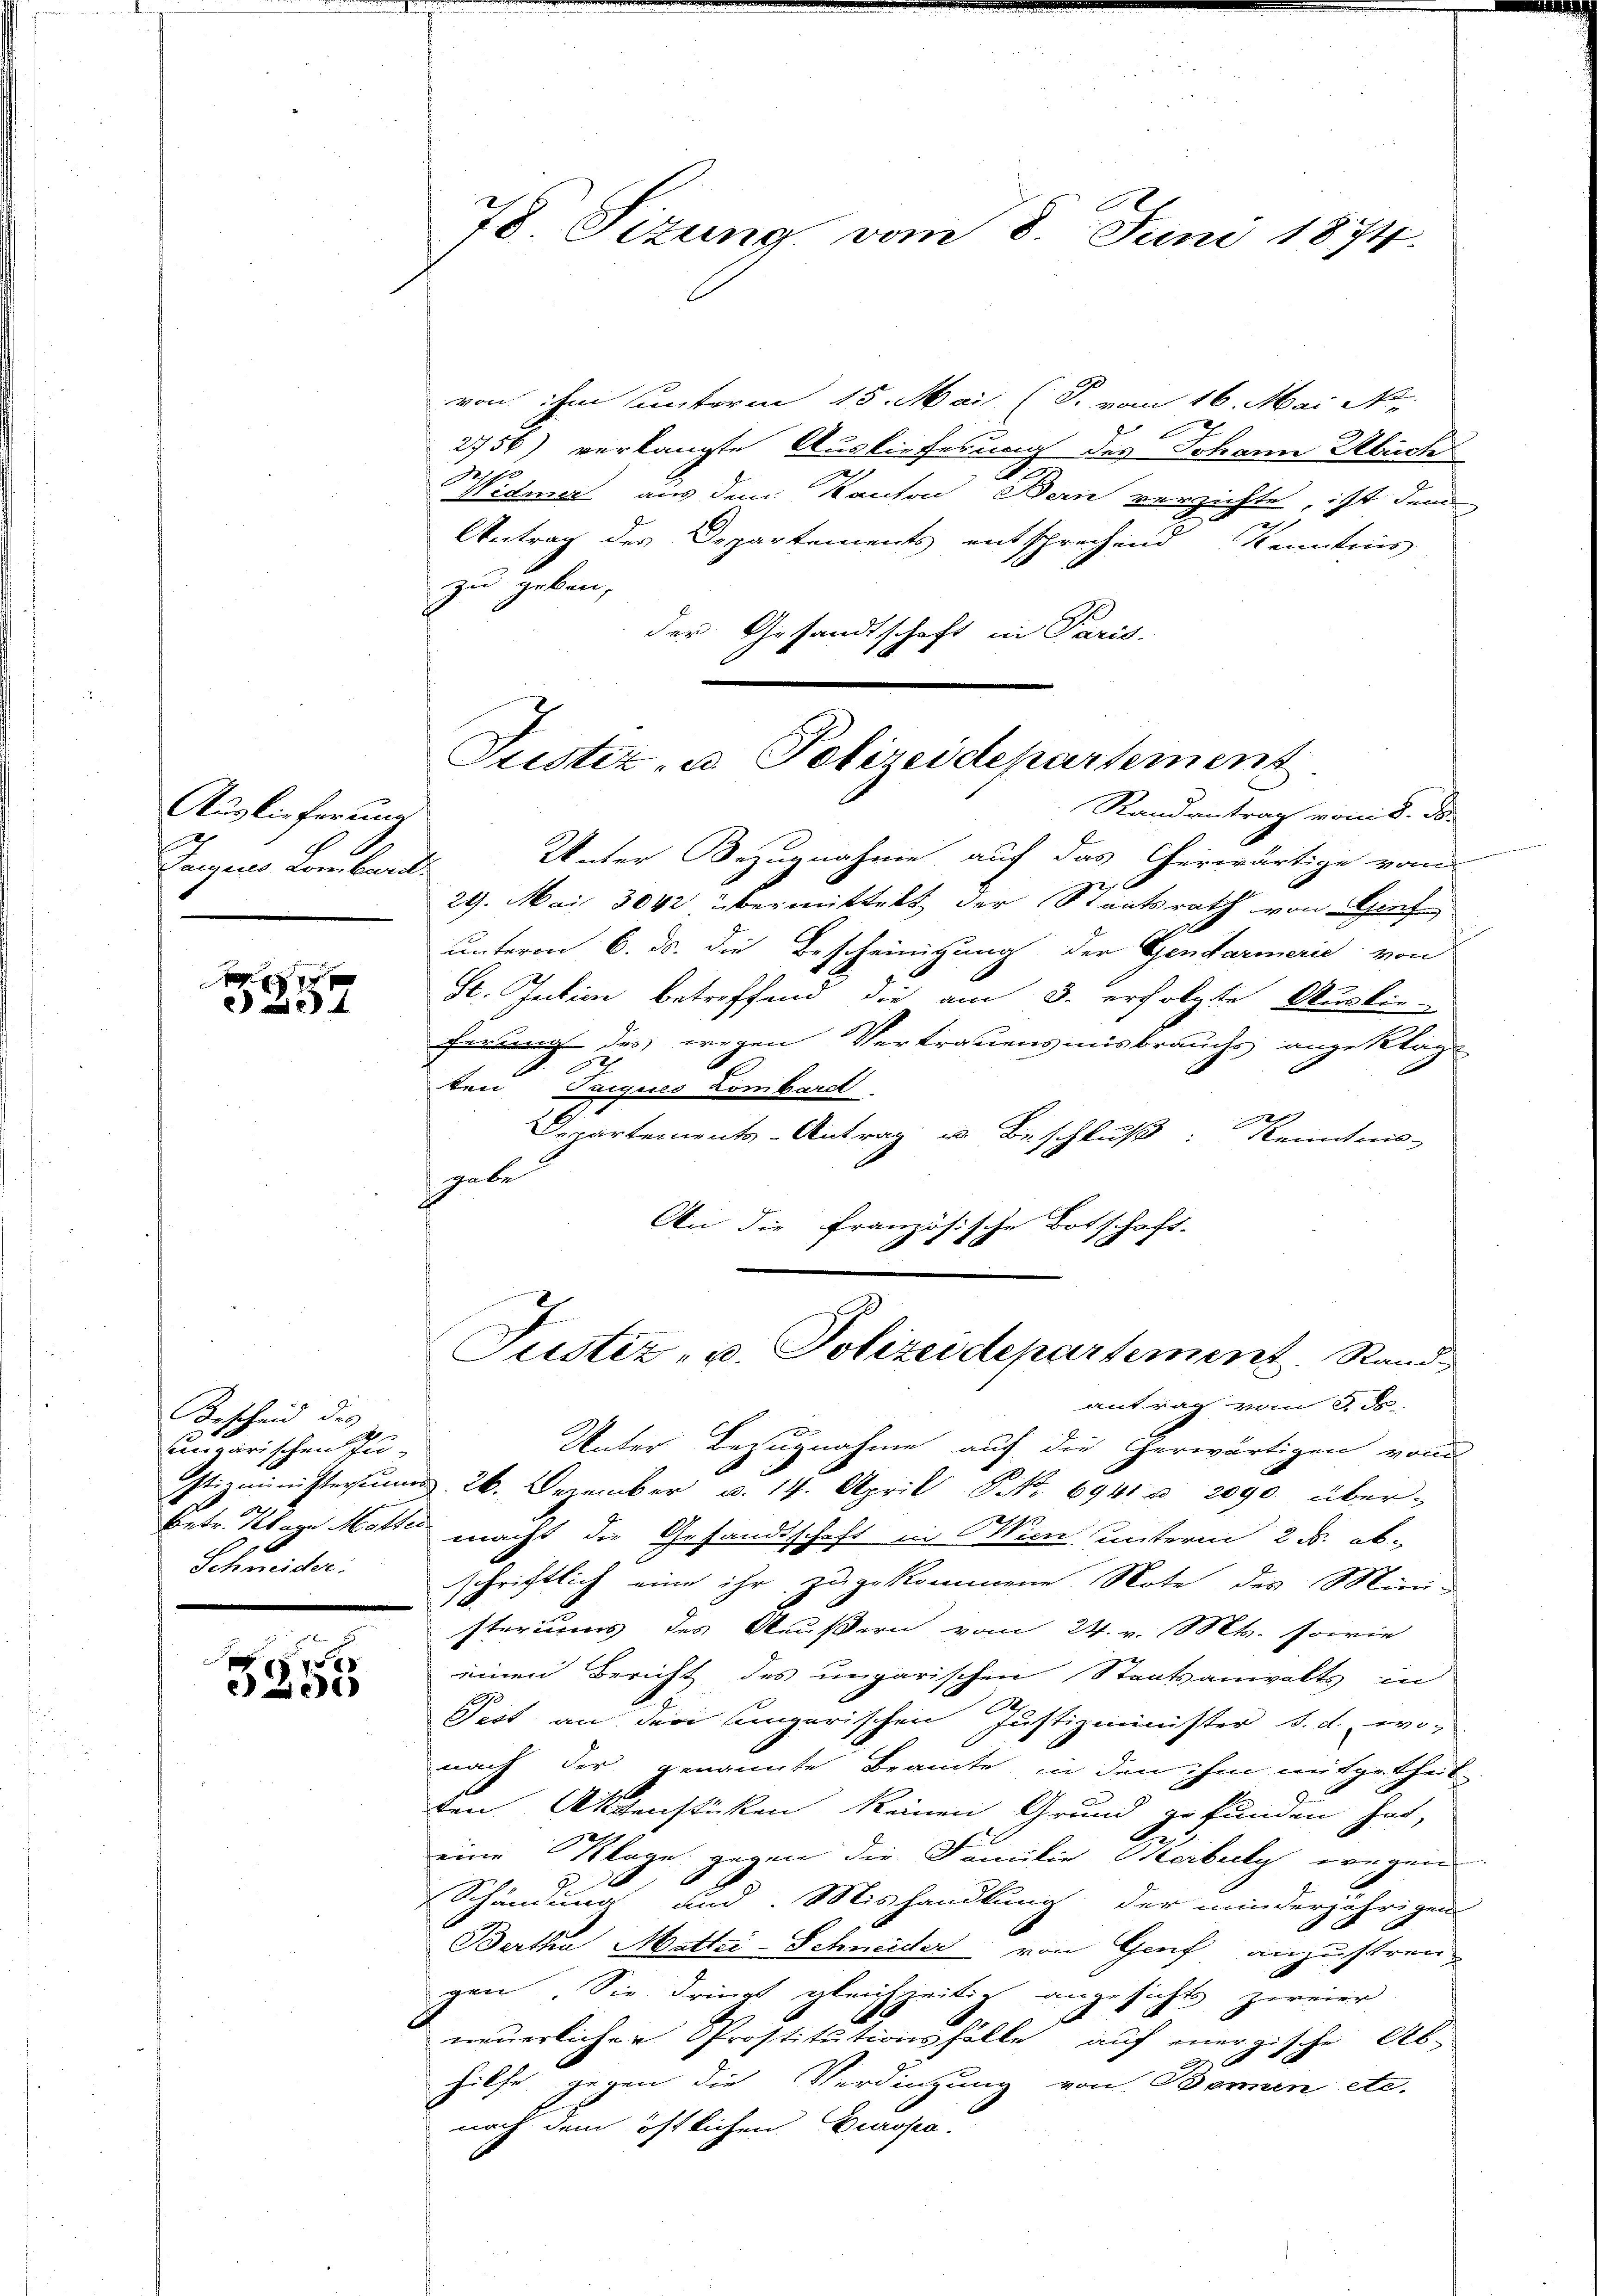
Auglicherung
Tugens Lomband

x
4

Bescheid des
ungarischen Pu-
Schneider.

75
e

78. Sizung vom 8. Juni 1874.

von ihm unterm 15. Mai (T. vom 16. Mai No.
1
2756) verlangte Auslieferung des Johann Ulrich
Widmer aus dem Kanton Bern verzichte, ist dem
Antrag des Departements entsprechend Kenntnis
zu geben,
der Gesandtschaft in Paris.
Unter Bezugnahme auf das Cherwärtige vom
29. Mai 804 übermittelt der Staatsrath von Gif
unterm 6. ds. die Bescheinigung der Gendarmerie von
St. Julien betreffend die am 3. erfolgte Auslie-
ferung des wegen Vertrauensmisbrauchs angeklagt
v. Sch
ten Suigues Lombardt

Departements-Antrag u Beschluß: Kenntnis
gabe
An die französische Botschaft-
x
Justiz, u. Polizeidepartement. Stand
antrag vom 3. ds.
Unter Bezugnahme auf die erwärtigen von
stizministerm 26. Dezember u. 14. April Nr. 6941 u. 2090 über-
b
Betr. Klar Motter macht die Gesandtschaft in Wien unterm 2. ob
schriftlich eine ihr zugekommene Note des Mini-
steriums des Aeußern vom 24. v. Mts. sowie
einen Bericht des ungarischen Staatsanwalts in
Pest an den ungarischen Justizminister S. d. wonach der genannte Beamte, in den ihm mitgetheil-
ten Aktenstücken keinen Grund gefunden hat,
12
eine Klage gegen die Familie Weibely wegen
t
A
Schändung und Mishandlung der minderjährigen
Bertha Mathi-Schneider von Genf anzustreu-
gen. Sie dringt gleichzeitig angesicht zweier
neuerlicher Prostitutionsholle auf einergische Ab-
hilfe gegen die Verdingung von Bannen etc.
nach dem östlichen Perrosen.

Justiz- u. Polizeidepartement
Randantrag vom 8. ds.